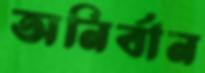
অনির্বান